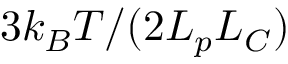
3 k _ { B } T / ( 2 L _ { p } L _ { C } )